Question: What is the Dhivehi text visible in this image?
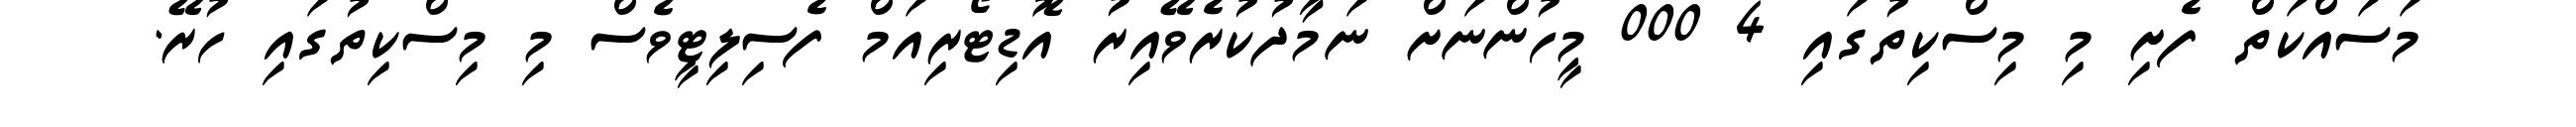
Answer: މަސައްކަތް ފެށި މި މިސްކިތުގައި 4 000 މީހުންނަށް ނަމާދުކުރެވޭއިރު އޮޑިޓޯރިއަމް ފެސިލިޓީވެސް މި މިސްކިތުގައި ހުރޭ.